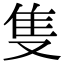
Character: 隻